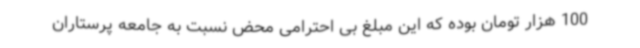
100 هزار تومان بوده که این مبلغ بی احترامی محض نسبت به جامعه پرستاران